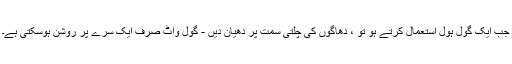
جب ایک گول ہول استعمال کرتے ہو تو ، دھاگوں کی چلتی سمت پر دھیان دیں - گول واٹ صرف ایک سرے پر روشن ہوسکتی ہے۔